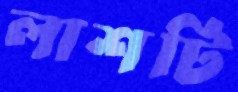
লাশটি